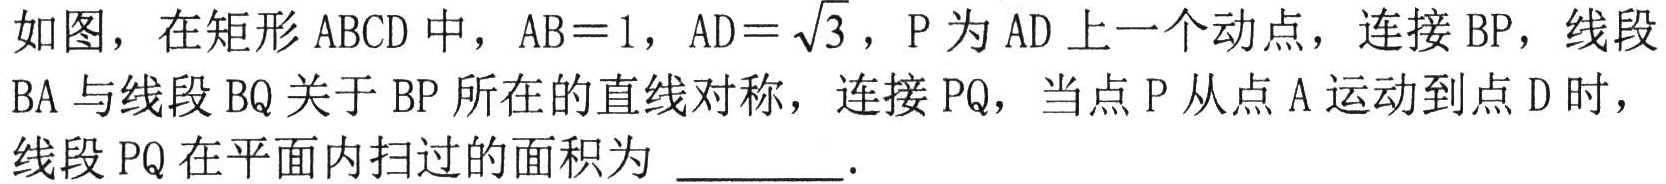
如图，在矩形\(ABCD\)中，\(AB = 1\)，\(AD=\sqrt{3}\)，\(P\)为\(AD\)上一个动点，连接\(BP\)，线段\(BA\)与线段\(BQ\)关于\(BP\)所在的直线对称，连接\(PQ\)，当点\(P\)从点\(A\)运动到点\(D\)时，线段\(PQ\)在平面内扫过的面积为 \_\_\_\_  .